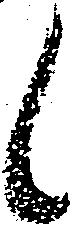
候